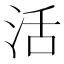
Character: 活